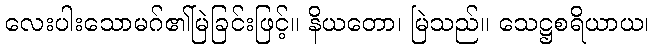
လေးပါးသောမဂ်၏မြဲခြင်းဖြင့်။ နိယတော၊ မြဲသည်။ သေဋ္ဌစရိယာယ၊